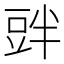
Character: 𲂝